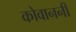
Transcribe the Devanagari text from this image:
कोवाननी